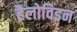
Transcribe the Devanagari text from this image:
हैलोविइन